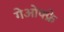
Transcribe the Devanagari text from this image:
गेओफ्फ्रे